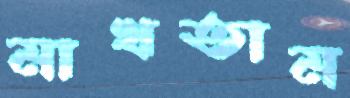
মাখতাম